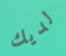
لديك